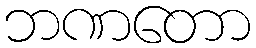
ဘဏတော